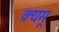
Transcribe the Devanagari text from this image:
क्यमू